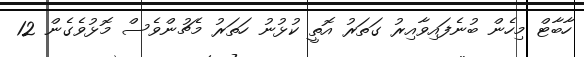
ހާބާޓް މިހެން ބުނެފައިވާއިރު ގަތަރު އޮތީ ކުޅުނު ހަތަރު މެޗުންވެސް މޮޅުވެގެން 12